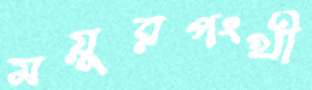
ময়ূরপংখী